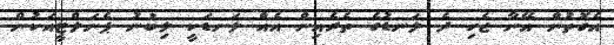
އެގޮތުން އޭނާ ޖެހި ދެ ލަނޑުގެ ތެރެއިން އެއް ލަނޑަކީ ލިބުނު ޕެނަލްޓީއަކުން